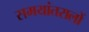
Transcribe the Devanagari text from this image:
समयांतरालों